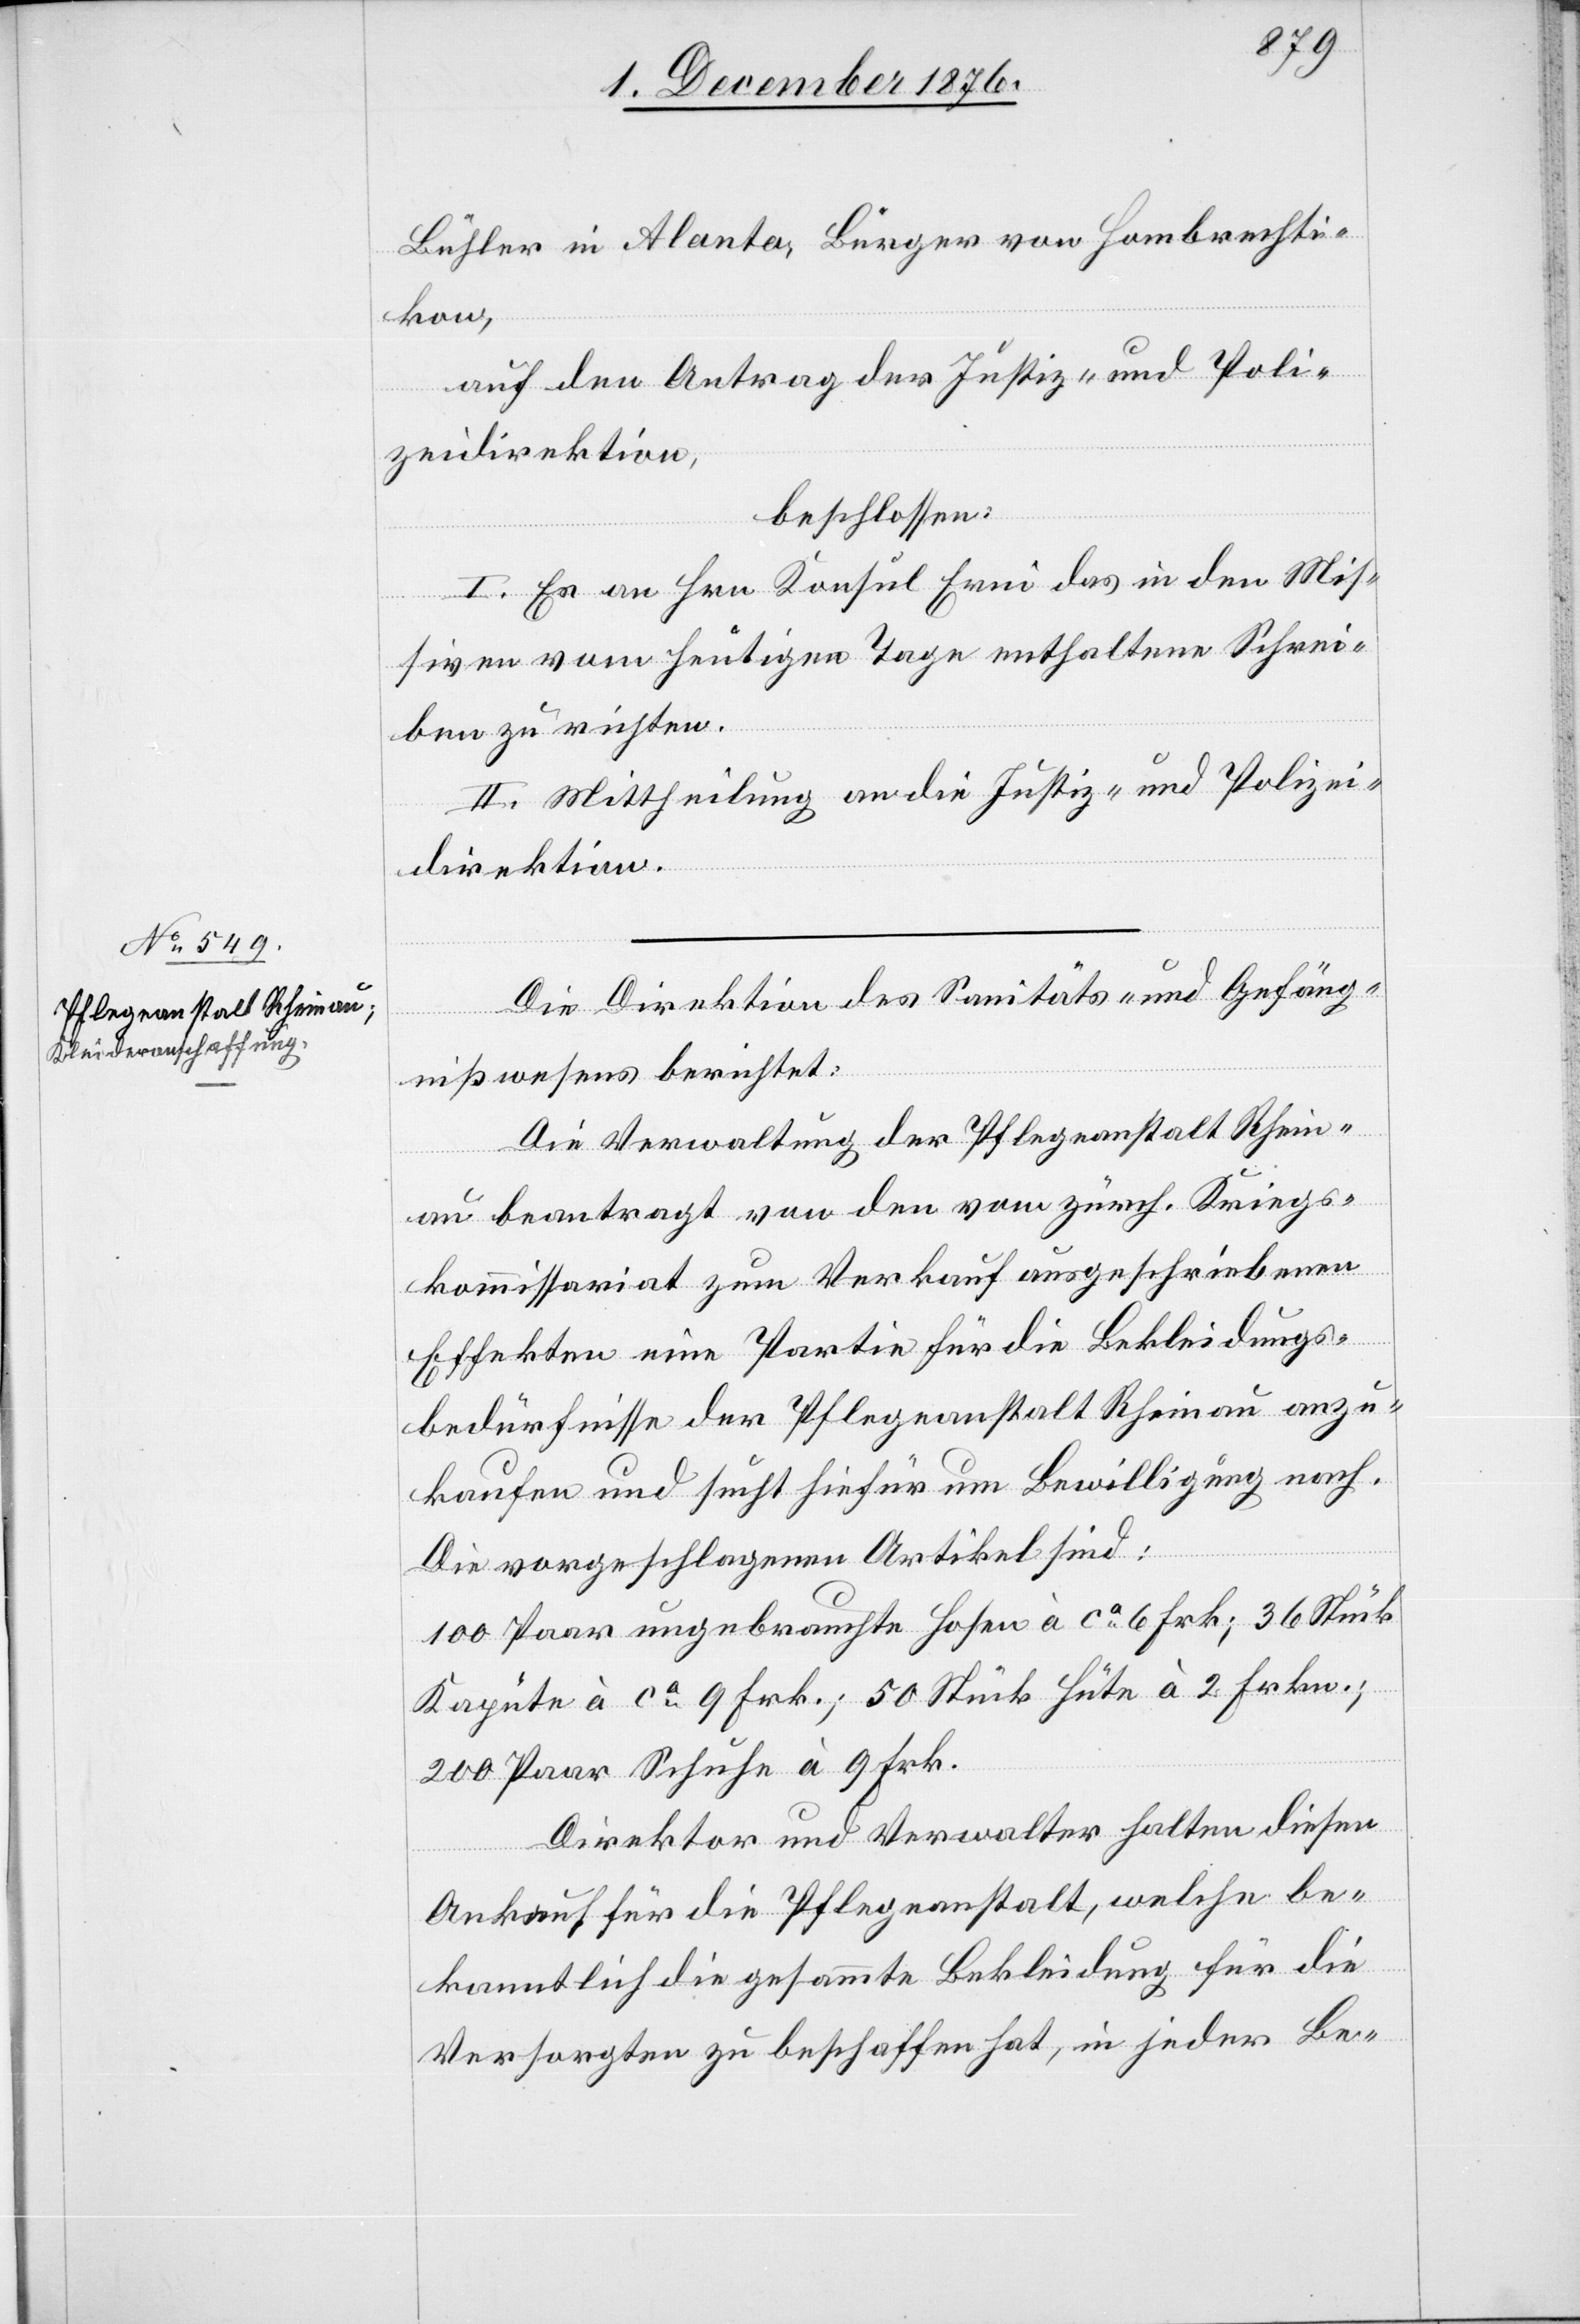
2. Dezember 1876.]
Bühler in Alanta, Bürger von Hombrechti¬
kon,
auf den Antrag der Justiz- und Poli¬
zeidirektion,
beschlossen:
I. Es [sei] an Hrn. Konsul Erni das in den Mis¬
siven vom heutigen Tage enthaltene Schrei¬
ben zu richten.
II. Mittheilung an die Justiz- und Polizei¬
direktion.
Die Direktion des Sanitäts- und Gefäng¬
nißwesens berichtet:
Die Verwaltung der Pflegeanstalt Rhein¬
au beantragt von den vom zürch. Kriegs¬
kommissariat zum Verkauf ausgeschriebenen
Effekten eine Partie für die Bekleidungs¬
bedürfnisse der Pflegeanstalt Rheinau anzu¬
kaufen und sucht hiefür um Bewilligung nach.
Die vorgeschlagenen Artikel sind.
100 Paar ungebrauchte Hosen à ca 6 Frk; 36 Stück
Kapüte à ca 9 Frk.; 50 Stück Hüte à 2 Frkn.;
200 Paar Schuhe à 9 Frk.
Direktor und Verwalter halten diesen
Ankauf für die Pflegeanstalt, welche be¬
kanntlich die gesammte Bekleidung für die
Versorgten zu beschaffen hat, in jeder Be-